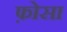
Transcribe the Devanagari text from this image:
फ़ोसा